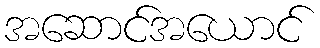
အဆောင်အယောင်